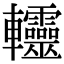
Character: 䡿